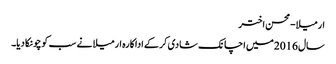
ارمیلا-محسن اختر
سال 2016میں اچانک شادی کرکے اداکارہ ارمیلا نے سب کو چونکا دیا۔